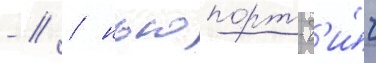
- // / ньюпорт-б'и́ч